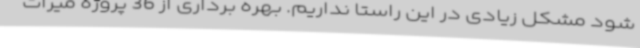
شود مشکل زیادی در این راستا نداریم. بهره برداری از 36 پروژه میراث